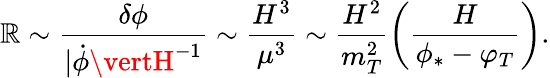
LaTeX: {\cal\mathbb{R}}\sim\frac{{\delta\phi}}{{\vert\dot{{\phi}}\vertH^{-1}}}\sim\frac{{H^{3}}}{{\mu^{3}}}\sim\frac{{H^{2}}}{{m_{T}^{2}}}\left(\frac{{H}}{{\phi_{\ast}-\varphi_{T}}}\right).